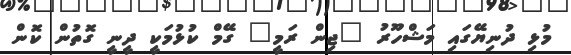
މުޅި ދުނިޔޭގައި މަޝްހޫރު "ޖިން ރަމީ" ގޭމް ކުޅުމަކީ ދީނީ ގޮތުންް ކޮން